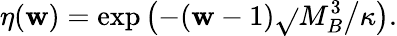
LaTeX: \eta(\mathbf{w})=\exp\left(-(\mathbf{w}-1)\sqrt{}{{M_{B}^{3}\big/\kappa}}\right).